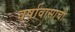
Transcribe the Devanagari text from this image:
वर्षावासाची